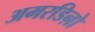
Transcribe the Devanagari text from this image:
अमरडिऩो